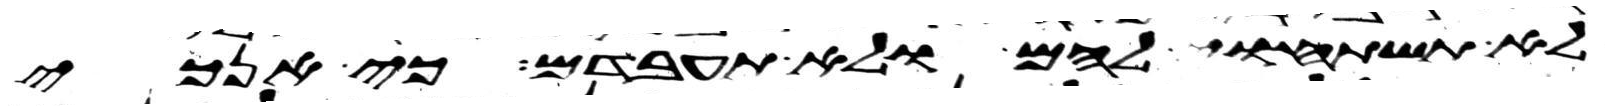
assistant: לא תשתחוה להם ולא תעבדם כי אנכי